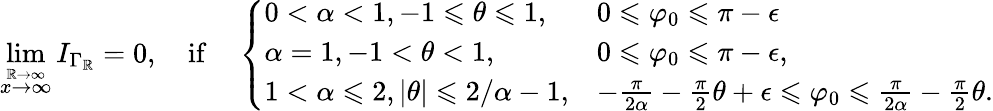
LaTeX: \operatorname*{lim}_{\stackrel{\mathbb{R}\to\infty}{x\to\infty}}I_{\Gamma_{\mathbb{R}}}=0,\quad\mathrm{{if}}\quad\left\{ \begin{array}{ll}{0<\alpha<1,-1\leqslant\theta\leqslant 1,}&{0\leqslant\varphi_{0}\leqslant\pi-\epsilon}\\ {\alpha=1,-1<\theta<1,}&{0\leqslant\varphi_{0}\leqslant\pi-\epsilon,}\\ {1<\alpha\leqslant 2,|\theta|\leqslant 2/\alpha-1,}&{-\frac{\pi}{2\alpha}-\frac{\pi}{2}\theta+\epsilon\leqslant\varphi_{0}\leqslant\frac{\pi}{2\alpha}-\frac{\pi}{2}\theta.}\end{array}\right.